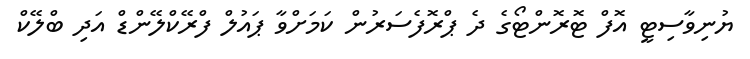
ޔުނިވާސިޓީ އޮފް ޓޮރޮންޓޯގެ ދެ ޕްރޮފެސަރުން ކަމަށްވާ ޕައުލް ފްރޭކްލޭންޑް އަދި ބްލޭކް